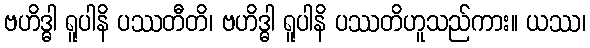
ဗဟိဒ္ဓါ ရူပါနိ ပဿတီတိ၊ ဗဟိဒ္ဓါ ရူပါနိ ပဿတိဟူသည်ကား။ ယဿ၊